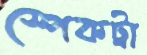
স্পেকট্রা